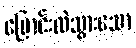
ပြောင်းလဲသွားသော